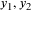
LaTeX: y _ { 1 } , y _ { 2 }